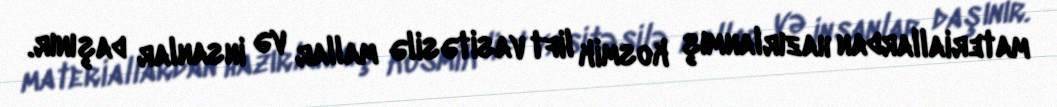
materiallardan hazırlanmış kosmik lift vasitəsilə mallar və insanlar daşınır.